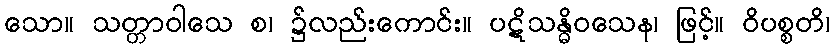
သော။ သတ္တာဝါသေ စ၊ ၌လည်းကောင်း။ ပဋိသန္ဓိဝသေန၊ ဖြင့်။ ဝိပစ္စတိ၊